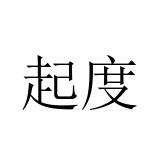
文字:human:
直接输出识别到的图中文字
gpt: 起度